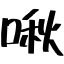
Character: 啾